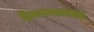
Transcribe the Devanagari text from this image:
हिमनगजामाता